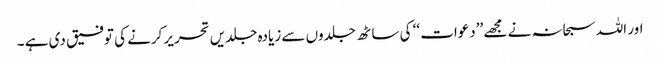
اور اللہ سبحانہ نے مجھے ’’دعوات ‘‘ کی ساٹھ جلدوں سے زیادہ جلدیں تحریر کرنے کی توفیق دی ہے ۔